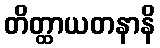
တိတ္ထာယတနာနိ